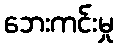
ဘေးကင်းမှု